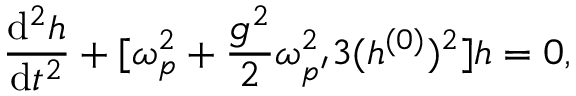
{ \frac { \mathrm { d } ^ { 2 } h } { \mathrm { d } t ^ { 2 } } } + [ \omega _ { p } ^ { 2 } + { \frac { g ^ { 2 } } { 2 } } \omega _ { p ^ { \prime } } ^ { 2 } 3 ( h ^ { ( 0 ) } ) ^ { 2 } ] h = 0 ,